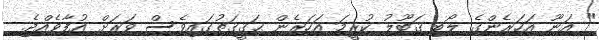
" އަނޫ އަހަރެންގެ ލޯބި ޤަބޫލު ކުރީމަ އަހަރެން ޙަޤީޤަތުގައިވެސް ވަރަށް އުފާވެއްޖެ.